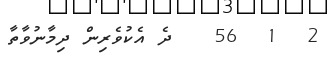
2  1  56   ދެ އެކުވެރިން ދިމާނުވާތާ